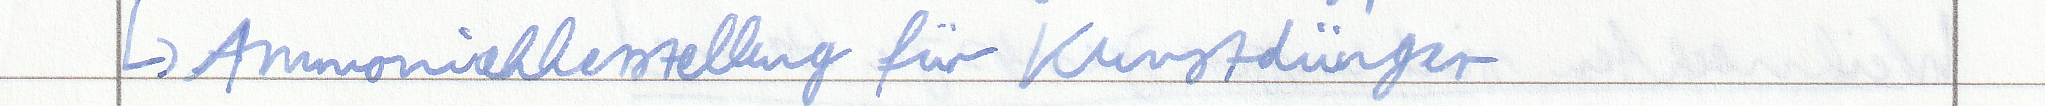
-> Ammoniakherstellung für Kunstdünger